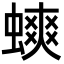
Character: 䗮